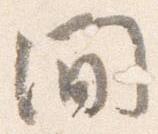
間